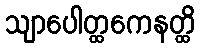
သျာပေါတ္ထကေနတ္ထိ